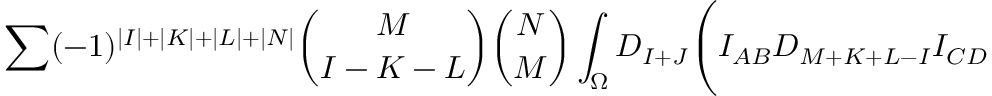
\sum ( - 1 ) ^ { \vert I \vert + \vert K \vert + \vert L \vert + \vert N \vert } { \binom { M } { I - K - L } } { \binom { N } { M } } \int _ { \Omega } D _ { I + J } \Biggl ( I _ { A B } D _ { M + K + L - I } I _ { C D }